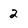
Character: 2